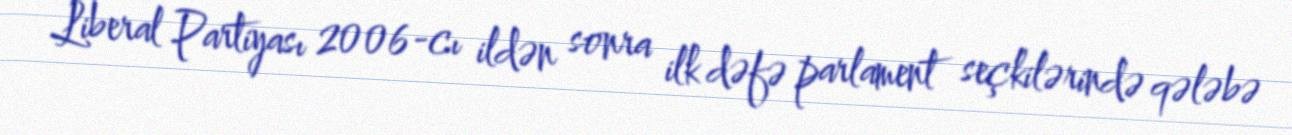
Liberal Partiyası 2006-cı ildən sonra ilk dəfə parlament seçkilərində qələbə